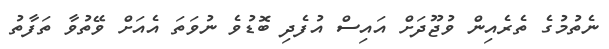
ނެތުމުގެ ތެރެއިން ވުޖޫދަށް އައިސް އުފެދި ބޮޑުވެ ނުވަތަ އެއަށް ވޭތުވާ ތަފާތު